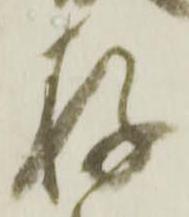
存